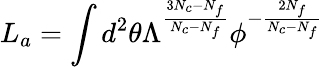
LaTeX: L_{a}=\int d^{2}\theta\Lambda^{\frac{3N_{c}-N_{f}}{N_{c}-N_{f}}}\phi^{-\frac{2N_{f}}{N_{c}-N_{f}}}